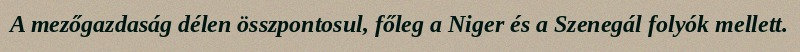
A mezőgazdaság délen összpontosul, főleg a Niger és a Szenegál folyók mellett.